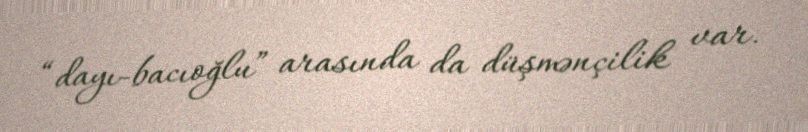
“dayı-bacıoğlu” arasında da düşmənçilik var.